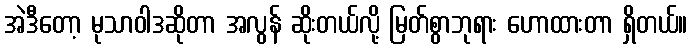
အဲဒီတော့ မုသာဝါဒဆိုတာ အလွန် ဆိုးတယ်လို့ မြတ်စွာဘုရား ဟောထားတာ ရှိတယ်။